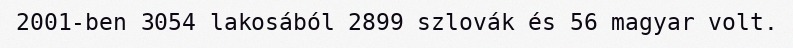
2001-ben 3054 lakosából 2899 szlovák és 56 magyar volt.